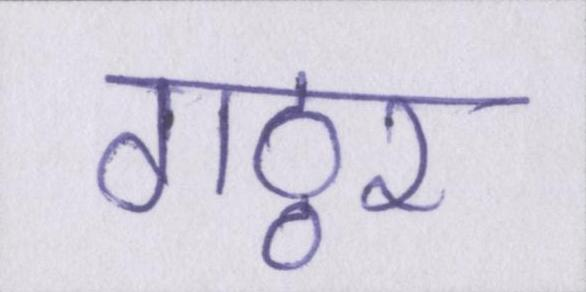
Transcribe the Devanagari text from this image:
गठ्ठर